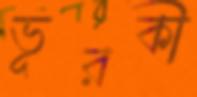
ভূরকী